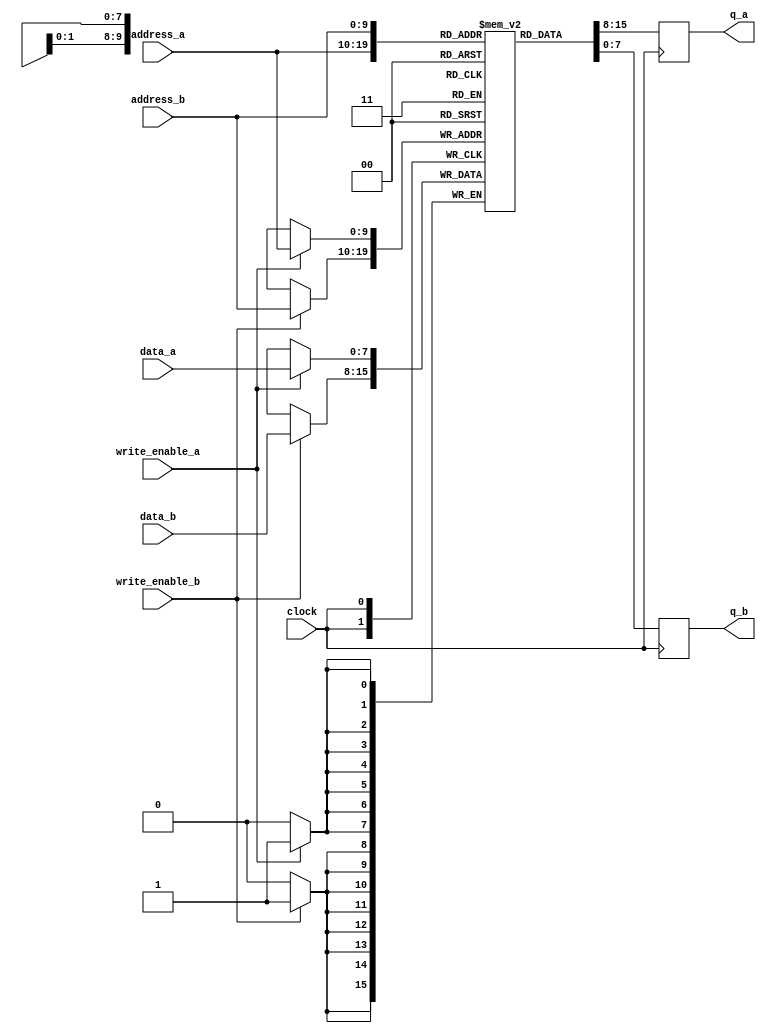
module dual_port_ram (
  input wire [9:0] address_a,
  input wire [9:0] address_b,
  input wire write_enable_a,
  input wire write_enable_b,
  input wire [7:0] data_a,
  input wire [7:0] data_b,
  input wire clock,
  output reg [7:0] q_a,
  output reg [7:0] q_b
);

reg [7:0] mem [0:1023];

always @(posedge clock) begin
  if (write_enable_a) begin
    mem[address_a] <= data_a;
  end

  if (write_enable_b) begin
    mem[address_b] <= data_b;
  end

  q_a <= mem[address_a];
  q_b <= mem[address_b];
end

endmodule

module testbench;
  reg [9:0] address_a;
  reg [9:0] address_b;
  reg write_enable_a;
  reg write_enable_b;
  reg [7:0] data_a;
  reg [7:0] data_b;
  reg clock;
  wire [7:0] q_a;
  wire [7:0] q_b;

  dual_port_ram uut (
    .address_a(address_a),
    .address_b(address_b),
    .write_enable_a(write_enable_a),
    .write_enable_b(write_enable_b),
    .data_a(data_a),
    .data_b(data_b),
    .clock(clock),
    .q_a(q_a),
    .q_b(q_b)
  );

  always begin
    #5 clock = ~clock;
  end

  initial begin
    address_a = 0;
    address_b = 1;
    write_enable_a = 1;
    data_a = 8'b11001100;
    write_enable_b = 0;
    data_b = 8'b00110011;

    #10 address_a = 2;
    write_enable_a = 0;
    data_a = 8'b11111111;

    #10 address_b = 3;
    write_enable_b = 1;
    data_b = 8'b01010101;

    #10 address_a = 4;
    write_enable_a = 1;
    data_a = 8'b10101010;
    write_enable_b = 1;
    data_b = 8'b01010101;

    $finish;
  end

  always @(posedge clock) begin
    $display("q_a = %h, q_b = %h", q_a, q_b);
  end

endmodule